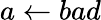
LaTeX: a\gets bad